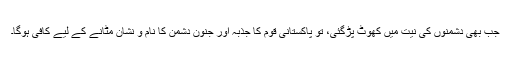
جب بھی دشمنوں کی نیت میں کھوٹ پڑگئی، تو پاکستانی قوم کا جذبہ اور جنون دشمن کا نام و نشان مٹانے کے لیے کافی ہوگا۔